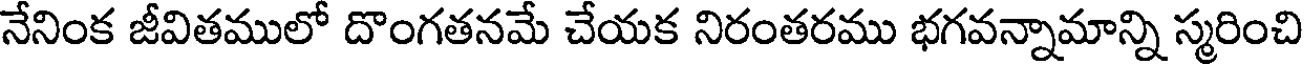
నేనింక జీవితములో దొంగతనమే చేయక నిరంతరము భగవన్నామాన్ని స్మరించి